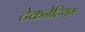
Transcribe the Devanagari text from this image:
टेकनेटियम